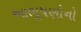
આભૂષણોનો